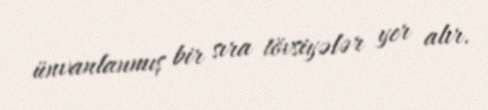
ünvanlanmış bir sıra tövsiyələr yer alır.